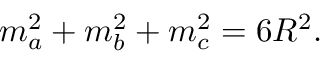
\displaystyle m _ { a } ^ { 2 } + m _ { b } ^ { 2 } + m _ { c } ^ { 2 } = 6 R ^ { 2 } .